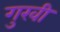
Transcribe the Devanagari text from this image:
गुखी